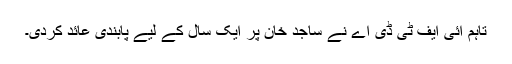
تاہم آئی ایف ٹی ڈی اے نے ساجد خان پر ایک سال کے لیے پابندی عائد کردی۔